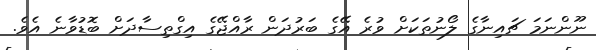
ނޫންނަމަ ޗައިނާގެ ލޯނުތަކަށް ވުރެ އޭގެ ބަރުދަން ރާއްޖޭގެ އިގްތިސާދަށް ބޮޑުވާނެ އެވެ.